Report of the Indian Hemp Drugs Commission, 1894-1895 - Volume III
Year: 1894
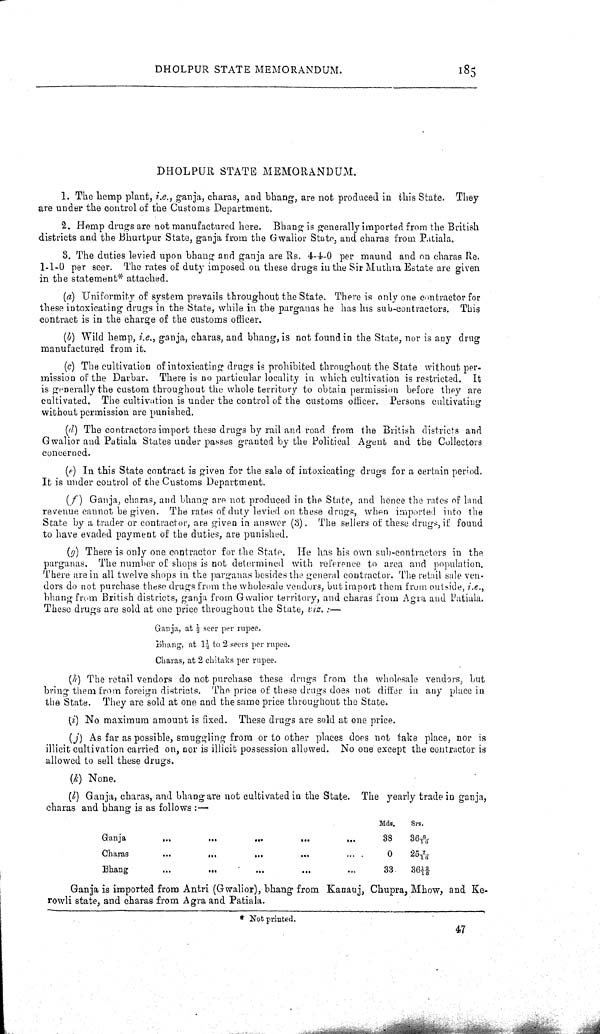
DHOLPUR STATE MEMORANDUM.
185
DHOLPUR STATE MEMORANDUM.
1. The hemp plant, i.e., ganja, charas, and bhang, are not produced in this State. They
are under the control of the Customs Department.
2. Hemp drugs are not manufactured here. Bhang is generally imported from the British
districts and the Bhurtpur State, ganja from the Gwalior State, and charas from Patiala.
8. The duties levied upon bhang and ganja are Rs. 4-4-0 per maund and on charas Re.
1-1-0 per seer. The rates of duty imposed on these drugs in the Sir Muthra Estate are given
in the statement* attached.
(a) Uniformity of system prevails throughout the State. There is only one contractor for
these intoxicating drugs in the State, while in the parganas he has his sub-contractors. This
contract is in the charge of the customs officer.
(b) Wild hemp, i.e., ganja, charas, and bhang, is not found in the State, nor is any drug
manufactured from it.
(c) The cultivation of intoxicating drugs is prohibited throughout the State without per-
mission of the Darbar. There is no particular locality in which cultivation is restricted.
It
is generally the custom throughout the whole territory to obtain permission before they are
cultivated. The cultivation is under the control of the customs officer. Persons cultivating
without permission are punished.
(d) The contractors import these drugs by rail and road from the British districts and
Gwalior and Patiala States under passes granted by the Political Agent and the Collectors
concerned.
(e) In this State contract is given for the sale of intoxicating drugs for a certain period.
It is under control of the Customs Department.
(f)
Ganja, charas, and bhang are not produced in the State, and hence the rates of land
revenue cannot be given. The rates of duty levied on these drugs, when imported into the
State by a trader or contractor, are given in answer (3). The sellers of these drugs, if found
to have evaded payment of the duties, are punished.
(g) There is only one contractor for the State. He has his own sub-contractors in the
parganas. The number of shops is not determined with reference to area and population.
There are in all twelve shops in the parganas besides the general contractor. The retail sale ven-
dors do not purchase these drugs from the wholesale vendors, but import them from outside, i.e.,
bhang from British districts, ganja from Gwalior territory, and charas from Agra and Patiala.
These drugs are sold at one price throughout the State, viz.:—
Ganja, at 1/2 seer per rupee.
Bhang, at 11/2 to 2 seers per rupee.
Charas, at 2 chitaks per rupee.
(h) The retail vendors do not purchase these drugs from the wholesale vendors, but
bring them from foreign districts. The price of these drugs does not differ in any place in
the State. They are sold at one and the same price throughout the State.
(i) No maximum amount is fixed. These drugs are sold at one price.
(j) As far as possible, smuggling from or to other places does not take place, nor is
illicit cultivation carried on, nor is illicit possession allowed. No one except the contractor is
allowed to sell these drugs.
(k) None.
(l) Ganja, charas, and bhang are not cultivated in the State. The yearly trade in ganja,
charas and bhang is as follows:—
Mds.
Srs.
Ganja
38
36 6/16
Charas
0
25 7/16
Bhang
33
36 12/16
Ganja is imported from Antri (Gwalior, bhang from Kanauj, Chupra, Mhow, and Ke-
rowli state, and charas from Agra and Patiala.
* Not printed.
47